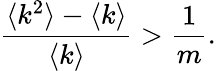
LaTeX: \frac{\langle k^{2}\rangle-\langle k\rangle}{\langle k\rangle}>\frac{1}{m}.